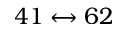
4 1 \leftrightarrow 6 2